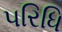
પરિધિ